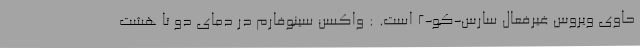
حاوی ویروس غیرفعال سارس-کو-2 است. : واکسن سینوفارم در دمای دو تا هشت